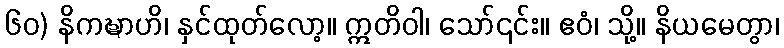
၆၀) နိကဍ္ဎာဟိ၊ နှင်ထုတ်လော့။ ဣတိဝါ၊ သော်၎င်း။ ဧဝံ၊ သို့။ နိယမေတွာ၊